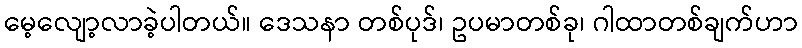
မေ့လျော့လာခဲ့ပါတယ်။ ဒေသနာ တစ်ပုဒ်၊ ဥပမာတစ်ခု၊ ဂါထာတစ်ချက်ဟာ